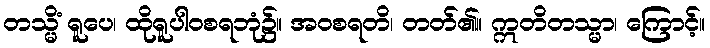
တသ္မိံ ရူပေ၊ ထိုရူပါဝစရဘုံ၌။ အဝစရတိ၊ တတ်၏။ ဣတိတသ္မာ၊ ကြောင့်။